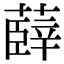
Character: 𮑠